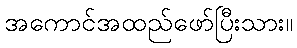
အကောင်အထည်ဖော်ပြီးသား။